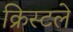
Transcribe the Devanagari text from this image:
क्रिस्टले